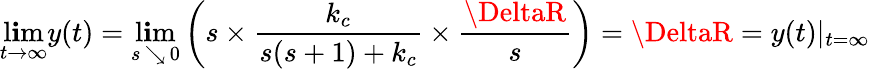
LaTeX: \operatorname*{l\mathbf{i}m}_{t\to\infty}y(t)=\operatorname*{l\mathbf{i}m}_{s\, \searrow\, 0}\left(s\times{\frac{{k_{c}}}{{s(s+1)+k_{c}}}}\times{\frac{{\DeltaR}}{{s}}}\right)=\DeltaR=y(t)|_{t=\infty}